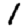
Digit: 1